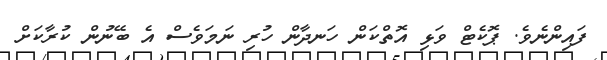
ފައިންނެވެ. ޕޮކެޓް ވަޅި އޮތްކަން ހަނދާން ހުރި ނަމަވެސް އެ ބޭނުން ކުރާކަށް